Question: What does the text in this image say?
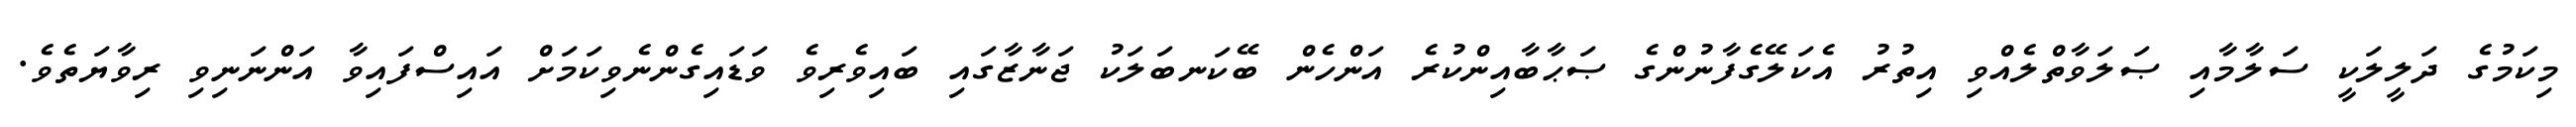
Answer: މިކަމުގެ ދަލީލަކީ ސަލާމާއި ޞަލަވާތްލެއްވި އިތުރު އެކަލޭގެފާނުންގެ ޞަޙާބާއިންކުރެ އަންހެން ބޭކަނބަލަކު ޖަނާޒާގައި ބައިވެރިވެ ވަޑައިގެންނެވިކަމަށް އައިސްފައިވާ އަންނަނިވި ރިވާޔަތެވެ.